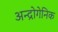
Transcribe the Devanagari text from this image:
अन्द्रोगेनिक